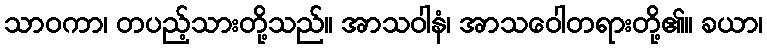
သာဝကာ၊ တပည့်သားတို့သည်။ အာသဝါနံ၊ အာသဝေါတရားတို့၏။ ခယာ၊